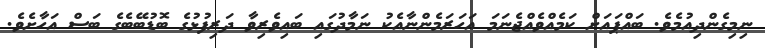
ނިމިގެންދިއުމެވެ. ބައްޕައަށް ކަމެއްވެއްޖެނަމަ އަހަރަމެންނާއެކު ނަމާދުގައި ބައިވެރިވާ ދަރިފުޅުގެ ބޮޑުބޭބެގެ ބަސް އަހާށެވެ.